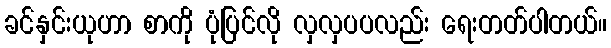
ခင်နှင်းယုဟာ စာကို ပုံပြင်လို လှလှပပလည်း ရေးတတ်ပါတယ်။